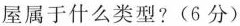
屋属于什么类型?(6分)